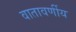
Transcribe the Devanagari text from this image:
वातावर्णीय